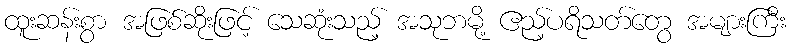
ထူးဆန်းစွာ အဖြစ်ဆိုးဖြင့် သေဆုံးသည့် အသုဘမို့ ဧည့်ပရိသတ်တွေ အများကြီး